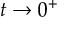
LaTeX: t \to 0 ^ { + }